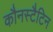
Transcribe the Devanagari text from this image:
कौनस्टैटिन